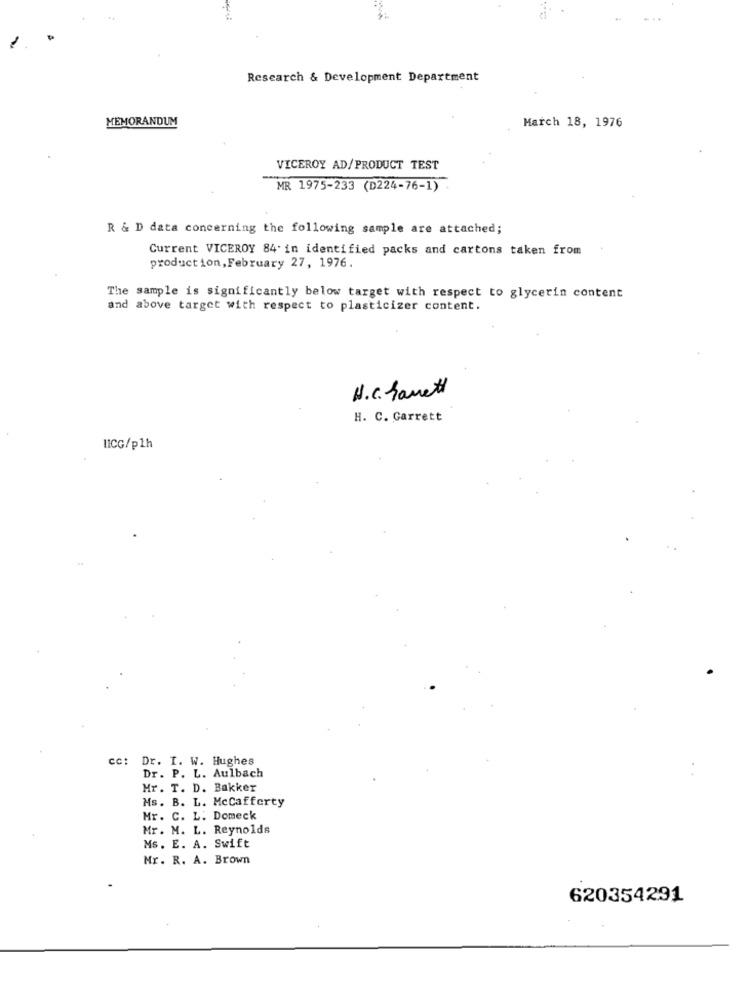
Research & Development Department
MEMORANDUM
March 18, 1976
VICEROY AD/PRODUCT TEST
MR 1975-233 (D224-76-1)
R & D data concerning the following sample are attached;
Current VICEROY 84 in identified packs and cartons taken from
production, February 27, 1976.
The sample is significantly below target with respect to glycerin content
and above target with respect to plasticizer content.
H.c. Sanett
H. C. Garrett
LICG/p1h
cc:
Dr. I. W. Hughes
Dr. P. L. Aulbach
Mr. T. D. Bakker
Ms. B. L. Mccafferty
Mr. C. L. Domeck
Mr. M. L. Reynolds
Ms. E. A. Swift
Mr. R. A. Brown
620354291